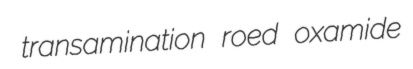
transamination roed oxamide